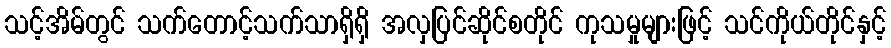
သင့်အိမ်တွင် သက်တောင့်သက်သာရှိရှိ အလှပြင်ဆိုင်စတိုင် ကုသမှုများဖြင့် သင်ကိုယ်တိုင်နှင့်